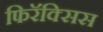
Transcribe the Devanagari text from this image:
फिरॅक्सिस